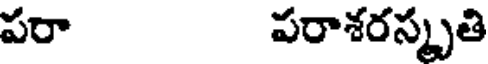
పరా పరాశరస్మృతి